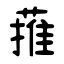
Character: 蓷